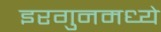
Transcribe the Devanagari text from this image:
इरगुनमध्ये